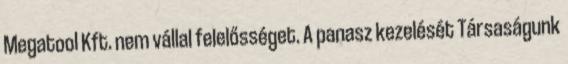
Megatool Kft. nem vállal felelősséget. A panasz kezelését Társaságunk